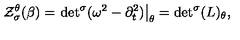
{ \cal Z } _ { \sigma } ^ { \theta } ( \beta ) = \left. { \det } ^ { \sigma } ( \omega ^ { 2 } - \partial _ { t } ^ { 2 } ) \right| _ { \theta } = { \det } ^ { \sigma } ( L ) _ { \theta } ,